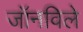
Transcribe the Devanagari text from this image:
जॉनविले